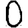
Digit: 0